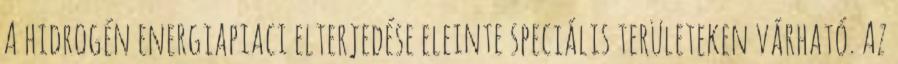
A hidrogén energiapiaci elterjedése eleinte speciális területeken várható. Az